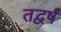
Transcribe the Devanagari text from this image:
तद्वर्षं